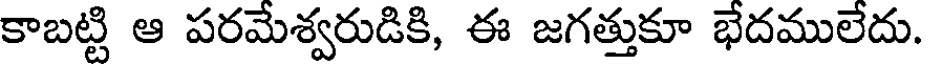
కాబట్టి ఆ పరమేశ్వరుడికి, ఈ జగత్తుకూ భేదములేదు.